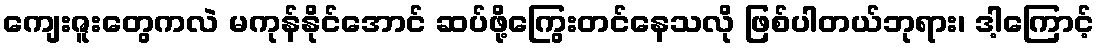
ကျေးဇူးတွေကလဲ မကုန်နိုင်အောင် ဆပ်ဖို့ကြွေးတင်နေသလို ဖြစ်ပါတယ်ဘုရား၊ ဒါ့ကြောင့်